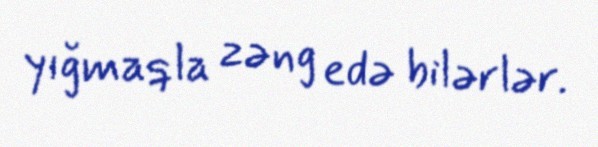
yığmaqla zəng edə bilərlər.